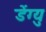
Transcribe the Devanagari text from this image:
डेंग्यु